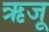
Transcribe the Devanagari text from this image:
ऋजू